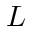
L